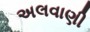
અલવાણી